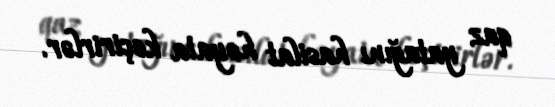
qaz yatağını hasilat həyata keçirirlər.